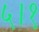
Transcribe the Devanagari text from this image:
५।१